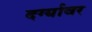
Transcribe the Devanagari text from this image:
दर्ग्यावर